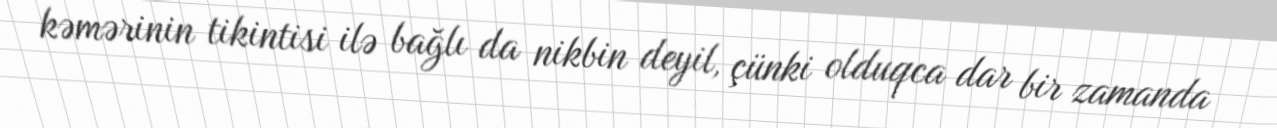
kəmərinin tikintisi ilə bağlı da nikbin deyil, çünki olduqca dar bir zamanda